画像に写った文字を読んでください
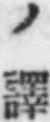
「ノ譯」と書いてあります